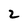
Character: 2